Annual report on the working of the mental hospitals in the Madras Presidency - 1912-1932
Year: 1912
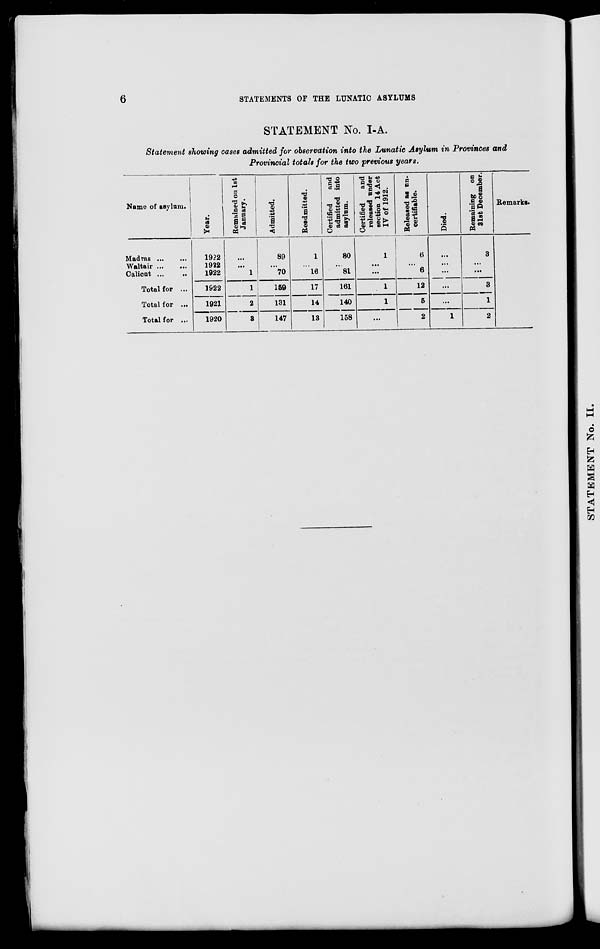
6
STATEMENTS OF THE LUNATIC ASYLUMS
STATEMENT No. I-A.
Statement showing cases admitted for observation into the Lunatic Asylum in Provinces and
Provincial totals for the two previous years.
Name of asylum.
Madras
...
...
Waltair ... ...
Calicut ... ...
Total for ...
Total for ...
Total for ...
Year.
1922
1922
1922
1922
1921
1920
Remained on 1st
January.
...
...
1
1
2
3
Admitted.
89
...
70
159
131
147
Readmitted.
1
...
16
17
14
13
Certified
and
admitted into
asylum.
80
...
81
161
140
158
Certified
and
released under
section 14 Act
IV of 1912.
1
...
...
1
1
...
Released as un-
certifiable.
6
...
6
12
5
2
Died.
...
...
...
...
...
1
Remaining on
31st December.
3
...
...
3
1
2
Remarks.